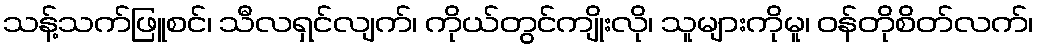
သန့်သက်ဖြူစင်၊ သီလရှင်လျက်၊ ကိုယ်တွင်ကျိုးလို၊ သူများကိုမူ၊ ဝန်တိုစိတ်လက်၊